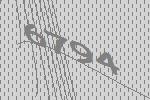
6794